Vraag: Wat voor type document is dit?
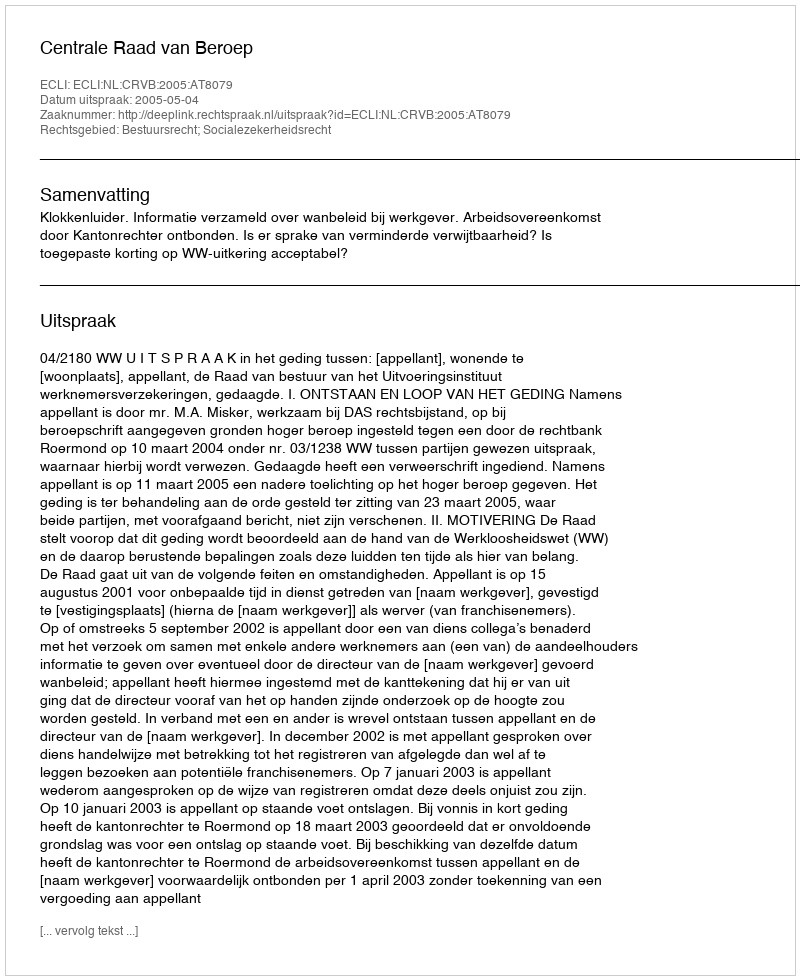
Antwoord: Uitspraak